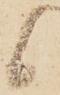
候